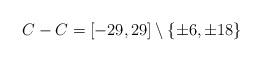
LaTeX: \begin{align*}C - C = [-29, 29] \setminus \{ \pm 6, \pm 18 \}\end{align*}